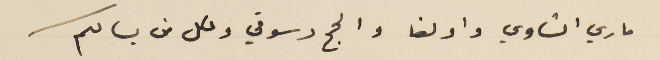
ماري الشاوي واولغا والحج دسوقي وكل من يسالكم